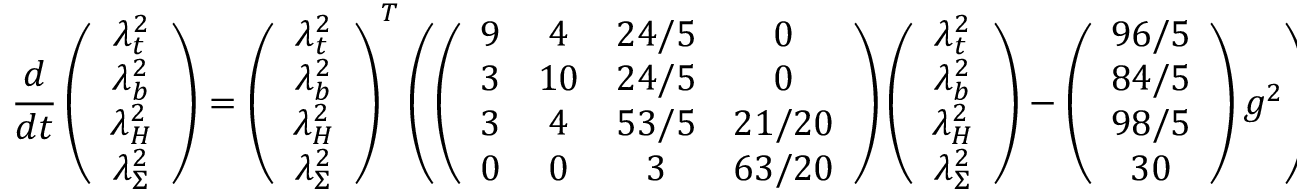
\frac { d } { d t } \left( \begin{array} { c } { { { \lambda } _ { t } ^ { 2 } } } \\ { { { \lambda } _ { b } ^ { 2 } } } \\ { { { \lambda } _ { H } ^ { 2 } } } \\ { { { \lambda } _ { \Sigma } ^ { 2 } } } \end{array} \right) = \left( \begin{array} { c } { { { \lambda } _ { t } ^ { 2 } } } \\ { { { \lambda } _ { b } ^ { 2 } } } \\ { { { \lambda } _ { H } ^ { 2 } } } \\ { { { \lambda } _ { \Sigma } ^ { 2 } } } \end{array} \right) ^ { T } \left( \left( \begin{array} { c c c c } { { 9 } } & { { 4 } } & { { 2 4 / 5 } } & { { 0 } } \\ { { 3 } } & { { 1 0 } } & { { 2 4 / 5 } } & { { 0 } } \\ { { 3 } } & { { 4 } } & { { 5 3 / 5 } } & { { 2 1 / 2 0 } } \\ { { 0 } } & { { 0 } } & { { 3 } } & { { 6 3 / 2 0 } } \end{array} \right) \left( \begin{array} { c } { { { \lambda } _ { t } ^ { 2 } } } \\ { { { \lambda } _ { b } ^ { 2 } } } \\ { { { \lambda } _ { H } ^ { 2 } } } \\ { { { \lambda } _ { \Sigma } ^ { 2 } } } \end{array} \right) - \left( \begin{array} { c } { { 9 6 / 5 } } \\ { { 8 4 / 5 } } \\ { { 9 8 / 5 } } \\ { { 3 0 } } \end{array} \right) g ^ { 2 } \right) ,